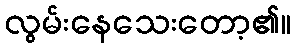
လွမ်းနေသေးတော့၏။